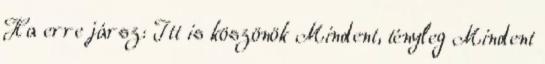
Ha erre jársz: Itt is köszönök Mindent, tényleg Mindent